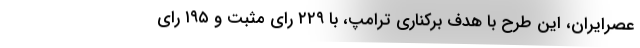
عصرایران، این طرح با هدف برکناری ترامپ، با ۲۲۹ رای مثبت و ۱۹۵ رای